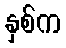
နှစ်က